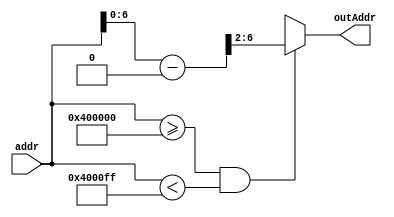
module addrDecoderROM #(
parameter WIDTH = 32,
parameter numPosMem = 64
)(
input [WIDTH-1:0] addr,
output reg [$clog2(numPosMem)-2:0] outAddr
);

always @(addr) begin
	if(addr>=32'h00400000 && addr<32'h004000ff) 
		outAddr = (addr-32'h00400000)>>2;
	else 
		outAddr = 5'bx;
	
end



endmodule